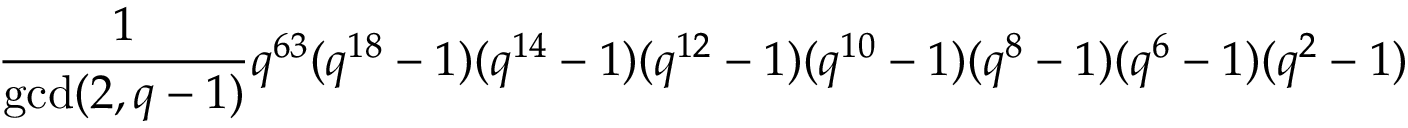
{ \frac { 1 } { \mathrm { g c d } ( 2 , q - 1 ) } } q ^ { 6 3 } ( q ^ { 1 8 } - 1 ) ( q ^ { 1 4 } - 1 ) ( q ^ { 1 2 } - 1 ) ( q ^ { 1 0 } - 1 ) ( q ^ { 8 } - 1 ) ( q ^ { 6 } - 1 ) ( q ^ { 2 } - 1 )